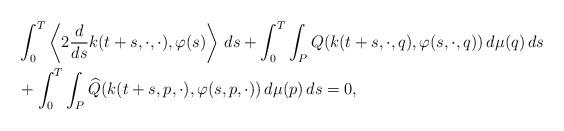
LaTeX: \begin{align*}&\int_0^T\left\langle 2\frac{d}{ds}k(t+s,\cdot,\cdot),\varphi(s)\right\rangle\, ds + \int_0^T \int_P Q(k(t+s,\cdot,q),\varphi(s,\cdot,q))\, d\mu(q)\, ds\\&+ \int_0^T \int_P\widehat Q(k(t+s,p,\cdot),\varphi(s,p,\cdot))\,d\mu(p)\, ds = 0,\end{align*}